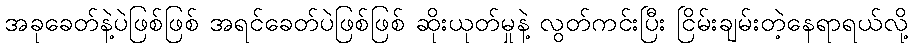
အခုခေတ်နဲ့ပဲဖြစ်ဖြစ် အရင်ခေတ်ပဲဖြစ်ဖြစ် ဆိုးယုတ်မှုနဲ့ လွတ်ကင်းပြီး ငြိမ်းချမ်းတဲ့နေရာရယ်လို့